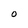
Character: O